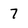
Character: 7